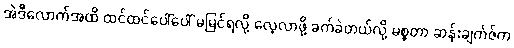
အဲဒီလောက်အထိ ထင်ထင်ပေါ်ပေါ် မမြင်ရလို့ လေ့လာဖို့ ခက်ခဲတယ်လို့ မစ္စတာ ဆန်းချက်ဇ်က